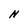
Character: N